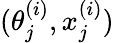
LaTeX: (\theta_{j}^{(i)},x_{j}^{(i)})